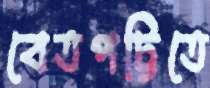
বেতপট্টিতে